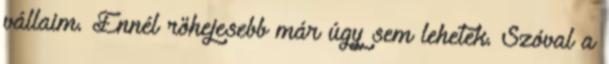
vállaim. Ennél röhejesebb már úgy sem lehetek. Szóval a